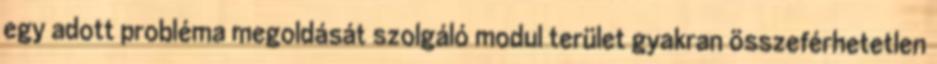
egy adott probléma megoldását szolgáló modul terület gyakran összeférhetetlen